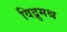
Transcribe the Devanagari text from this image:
विद्रुमश्च